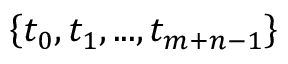
\left\{ t _ { 0 } , t _ { 1 } , . . . , t _ { m + n - 1 } \right\}